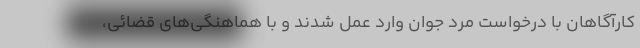
کارآگاهان با درخواست مرد جوان وارد عمل شدند و با هماهنگی‌های قضائی،